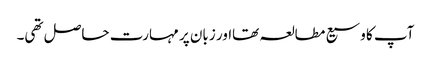
آپ کا وسیع مطالعہ تھااور زبان پر مہارت حاصل تھی۔